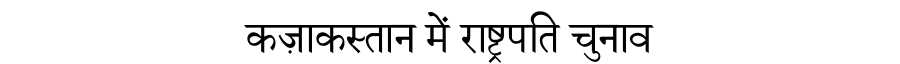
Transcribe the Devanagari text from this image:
कज़ाकस्तान में राष्ट्रपति चुनाव